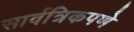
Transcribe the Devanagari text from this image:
सार्वत्रिकपणे